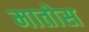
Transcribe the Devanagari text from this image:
मातोस